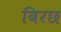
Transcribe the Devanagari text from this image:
बिरछ